Sketch of the medical history of the native army of Bombay, for the year
Year: 1876
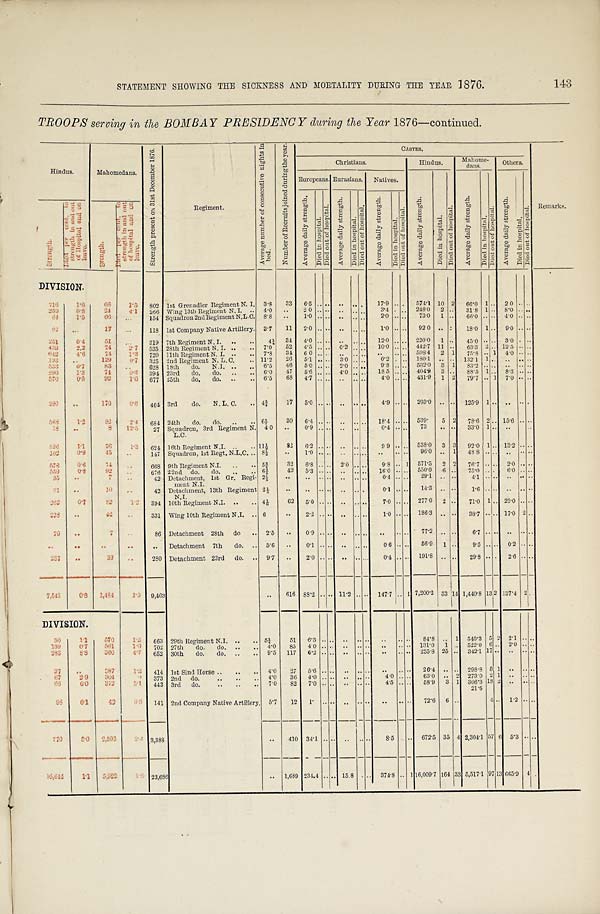
STATEMENT SHOWING THE SICKNESS AND MORTALITY DURING THE YEAR 876.
143
TROOPS serving in the BOMBAY PRESIDENCY during the Year 1876-continued.
Hindus.
Mahomedans.
S t r e n g t h p r e s e n t o n 3 1 s t D e c e m b e r 1 8 7 6 .
Regiment.
A v e r a g e n u m b e r o f c o n s e c u t i v e n i g h t s i n b e d .
N u m b e r o f R e c r u i t s j o i n e d d u r i n g t h e y e a r .
CASTES.
Remarks.
Christians.
Hindus.
Mahome- clans.
Others.
Europeans. Europeans Eurasians. Natives.
A v e r a g e d a i l y s t r e n g t h .
D i e d i n h o s p i t a l .
D i e d o u t o f h o s p i t a l .
A v e r a g e d a i l y s t r e n g t h .
D i e d i n h o s p i t a l .
D i e d o u t o f h o s p i t a l .
A v e r a g e d a i l y s t r e n g t h .
D i e d i n h o s p i t a l .
D i e d o u t o f h o s p i t a l .
S t r e n g t h .
D i e d p e r c e n t . t o s t r e n g t h i n a n d o u t o f H o s p i t a l a n d o n l e a v e .
S t r e n g t h .
D i e d p e r c e n t . t o s t r e n g t h i n a n d o u t o f h o s p i t a l a n d o n l e a v e .
A v e r a g e d a i l y s t r e n g t h .
D i e d i n h o s p i t a l .
D i e d o u t o f h o s p i t a l .
A v e r a g e d a i l y s t r e n g t h .
D i e d i n h o s p i t a l .
D i e d o u t o f h o s p i t a l .
A v e r a g e d a i l y s t r e n g t h .
D i e d i n h o s p i t a l .
D i e d o u t o f h o s p i t a l .
DIVISION.
7 1 6 1.6
66
1 . 5 802 1st Grenadier Regiment N. I. 3.8 33 6.5 .. .. ..
. . . . 17.9 . . . . 574.1 10 2 66.0 1 . . 2.0
. . . .
2 3 9
0.8
2 4 4.1 266 Wing 13th Regiment N. I. .. 4.0 .. 2.0 .. .. .. . . . . 3.4 . . . . 2 4 8 . 0
2 . . 31.8 1 .. 8. 0 .. . .
6 4
1.5
66
. . . 154 Squadron 2nd Regiment N.L.C. 8.8 .. 1.0 .. . . ... . . . . 2.0 . . . . 73.0 1 .. 66.0 .. .. 4. 0 . . . .
9 2 . . .
17
. . . 118 1st Company Native Artillery. 3.7 11 2.0 .. .. . . . . . . 1.0 .. . .
9 2 . 0
.. . . 18.0 1 ... 9.0 ... . .
251
0.4
51
. . . 319 7th Regiment N. I. .. ..
4 ¼ 34 4.0 .. .. .. . . . . 12.0 .. . . 220.0 1 . . 45.0 . . . . 3.0 . . . .
439
2.2
74 2.7 535
2 8 t h R e g i m e n t N . I . 7.0 52 4.5 .. . . 0 . 2 . . . . 10.0 . . . . 442.7 1 1 . . 63.3 2 .. 12.5 . . . .
642
4 . 6
7 4 1.3 720 11th Regiment N. I. .. .. 7.8 34 6.0 .. . . . . . . . .
. . . . . . 598.4 2 1 75.8 . . 1 4.0 . . . .
1 9 3
. . 129 0.7 325 2nd Regiment N. L. C. .. 11. 2 2 6 5.1 .. .. 3.0 .. . . 0.2 . . . . 180.1 .. . . 132.1 1 .. .. .. . .
5 3 3 0.7
83
. . 628 18th do. N.I. .. .. 6.5 46 5.0 .. .. 2.0 .. . . 9.8 . . . . 532.0 3 1 83.2 .. .. .. . . . .
2 9 0
1.3
74 0.3 394 23rd
D o .
d o .
. .
. . 6.0 47 5.6 . . . . 4. 0 . . . . 18.5 . . . . 404.9 3 . . 88.5 1 . . 8.3 . . . .
5 7 0
0.5
92
1.0 677 25th do. do. .. .. 6.5 68 4.7 . . . . .. . . . . 4.0 . . . . 431.9 1 2 79.7 .. 1 7.0 .. . .
2 9 0
. .
1 7 0
0 . 6 464 3rd do. N. L. C. .. 4¾ 17 5.0 . . . . .. . . . . 4.9 . . . . 203.0 .. .. n 125.9 1 .. .. . . . .
. .
5 6 8
1 . 2
8 2 2.4 684 24th do. do. .. .. 61/ 7
30 6.4 .. .. .. . . . . 18.4 . . . . 539. 5 2 78.6 2 .. 15.6 . . . .
1 8
. .
8 12.5 27 Squadron, 3rd Regiment N.
L.C.
4.0 .. 0.9 .. .. .. .. . . 0.4 .. . . 73 .. . . 33.0 1 .. ..
. .
5 2 6 1.1
76
1.3 624 16th Regiment N.I. .. .. 11½ 82 6.2 .. .. .. . . . . 9.9 . . . .
5 3 8 . 0 3 3 92.0 1 .. 13.2 .. . .
1 0 2 0.9
4 5 ...
147 Squadron, 1st Regt. N.L.C. .. 8½
. .
1 . 0 . . .. .. .. . .
..
. . . . 96.0 .. 1 48.8 .. . . .. . . . .
578
0.6
7 4
. . 668 9th Regiment N.I. .. .. 5¾ 32 6.8 .. . . 2.0 . . . . 9.8 . . 1 571.5 2 2 76.7 . . . . 2.0 .. . .
559
0.8
92
. . 676 22nd do. do. . .
. . 6¾
42 5.3 . . . . . .. .. . . 16.0 . . . . 550.0 6 .. 75.0 . . . . 6.0 . . . .
35
. .
7
. . 42 Detachment, 1st Gr. Regi-
ment N.I.
2 1/ 5
. . . . . . . . .. . . . . 0.4 .. . . 29.1 .. . .
4 . 1 . . . . .. . . . .
3 1
. .
10 ..
4 2 Detachment, 13th Regiment
N.I.
2 1/ 5 .. .. .. .. .. . . . . 0.1 . . . . 14.3 . . . . 1.6 .. .. .. . . . .
2 6 2 0.7
8 2 1.2 394 10th Regiment N.I. .. .. 41/6 62 5.0 .. .. . . . . . . 7.0 . . . . 277.0 2 . . 71.0 1 . . 23.0 . . . .
2 2 8
. .
4 2
. . 331 Wing, 10th Regiment N.I. .. 6
. .
2 . 2 . . . . .. . . . . 1.0 . . . . 186.3 .. . . 38.7 . . .. 17.0 2 . .
7 9
. .
7
. . 86 Detachment 28th do .. 25 . . 0.9 .. .. .. . . . . .. . . . . 77.2 . . . . 6.7 .. .. .. . . . .
. . ..
. .
. . .. Detachment 7th do. .. 5.6 .. 0.1 . . . . . . . . . . 0.6 . . . . 56.9 1 . . 9.5 . . . . 0.2 . . . .
2 3 7
. .
3 9
. . 280 Detachment 23rd do. .. 9.7 .. 2.0 .. .. .. . . . . 0.4 .. . . 191.8 .. . . 29.8 . . . . 2.6 . . . .
7. 542
0.8
1 , 4 8 4 1.0 9,403
. . 616 88.2 . . . . 11.2 . . . . 147.7 . . 1, 7,200.2 53 1 4 1,440.8 13 2 137.4 2 . .
DIVISION.
9 0
1 . 1
5 7 0 1.2 663 29th Regiment N.I. .. .. 5¼
5 1
6 . 3 . . . . .. . . . .
. . . . . . 84.8
. . 1 540.3 5 2 2.1 . . . .
1 3 9
0.7
5 6 1 1.0 702 27th do. do. .. ..
4 . 0 85
4 . 0 . . . . . . . . . .
. . . . . . 131.0 1 . . 5 2 2 . 0
6 . . 2.0 . . . .
2 8 3
8 . 8 360 4.7 652 30th do. do. .. .. 9.5 117 6.2 .. .. .. .. . ...
. . . . 235.8 25 . . 342.1 17 .. .. .. . .
27 ..
3 8 7
1 . 2 414 1st Sind Horse .. .. .. 4.0 27 5.6 .. .. .. .. . .. ..
. . 26.4 . . . . 298.8 5 1 . . . . . .
6 7 2.9 304
9 373 2 n d d o .
4 . 0 3 6
4 . 0 . . . .
..
. . . . 4.0 . . . . 63.0 .. 2 273.0 2 1 .. .. . .
6 6 6.0 372
5 . 1 443 3 r d d o .
7 . 0 82 7.0 . . . .
..
. . . . 4.5 .. . . 58.9 3 1 306.3 18 2 .. .. . .
9 8
6.1
4 2
9 . 5 141 2nd Company Native Artillery. 5.7 12 1. .. .. .. .. . .. . . . . 72.6 6 . .
21.6
4 . . 1.2 . . . .
770
5 . 0 2,593
2 . 4 3,388
.. 410 34.1 .. . . .. . . . . 8.5 . . . . 672.5 35 4 2,304.1 57 6 5.3 . . . .
1 6 , 6 4 4
1 . 1
5 , 9 2 2
1 . 5 23,686
..
1 , 6 8 9
234.4
. . . .
15.8 . . . . 374.8 . . 1 16,009.7 164 33 5,517.1 97 13 665.9 4